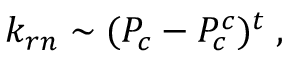
k _ { r n } \sim ( P _ { c } - P _ { c } ^ { c } ) ^ { t } \; ,